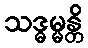
သဒ္ဓမ္မန္တိ